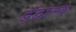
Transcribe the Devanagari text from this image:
द्वंद्वात्म्क